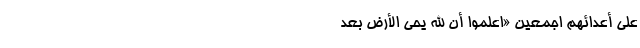
عَلی أعدائِهِم اَجمَعین «اِعلَمُوا أَنَّ اللَّهَ یُحیِ الأَرضَ بَعدَ